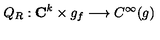
Q _ { R } : { \bf C } ^ { k } \times g _ { f } \longrightarrow C ^ { \infty } ( g )